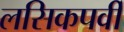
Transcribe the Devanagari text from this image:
लसिकपर्वी